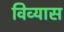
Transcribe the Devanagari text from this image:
विव्यास